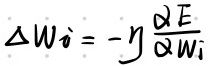
$\Delta W_i = - \eta \frac{\partial E}{\partial W_i}$